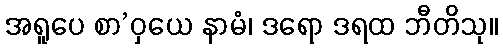
အရူပေ စာ’ဝှယေ နာမံ၊ ဒရော ဒရထ ဘီတိသု။